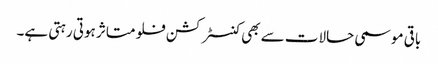
باقی موسمی حالات سے بھی کنسٹرکشن فلو متاثر ہوتی رہتی ہے۔